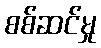
စစ်ဆင်မှု